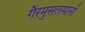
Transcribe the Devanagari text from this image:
गैरमुसलमानों